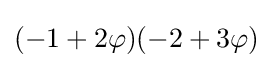
(-1+2\varphi )(-2+3\varphi )